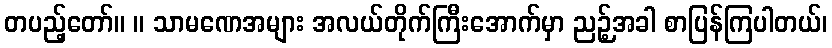
တပည့်တော်။ ။ သာမဏေအများ အလယ်တိုက်ကြီးအောက်မှာ ညဉ့်အခါ စာပြန်ကြပါတယ်၊